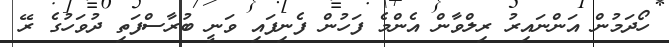
ހޯދަމުން އަންނައިރު ރިލްވާން އެންމެ ފަހުން ފެނިފައި ވަނީ ބުރާސްފަތި ދުވަހުގެ ރޭ